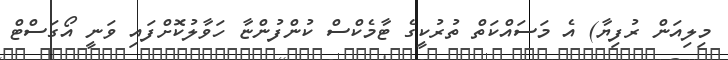
މިލިއަން ރުފިޔާ) އެ މަސައްކަތް ތުރުކީގެ ޓާމެކްސް ކުންފުންޏާ ހަވާލުކޮށްފައި ވަނީ އޯގަސްޓް